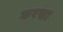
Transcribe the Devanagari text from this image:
करखा